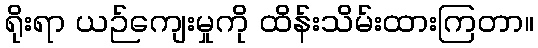
ရိုးရာ ယဉ်ကျေးမှုကို ထိန်းသိမ်းထားကြတာ။